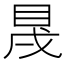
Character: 𥅛